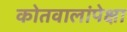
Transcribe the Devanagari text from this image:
कोतवालांपेक्षा